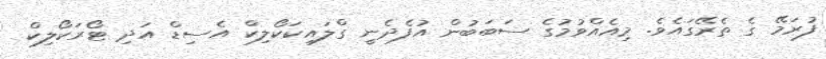
ފުރަމޭ ގެ ތެރޭގައެވެ. މިއެއްވުމުގެ ސަބަބުން އުފެދެނީ ގްލައިކަކޯލިކް އެސިޑް އަދި ޓޯރަކޯލިކް